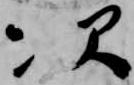
次